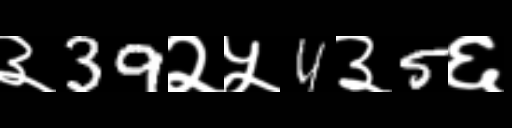
Text: ३39२५4३5६